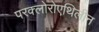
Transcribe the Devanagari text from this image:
परक्लोरोएथिलीन